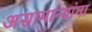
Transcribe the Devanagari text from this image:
असामान्यांना